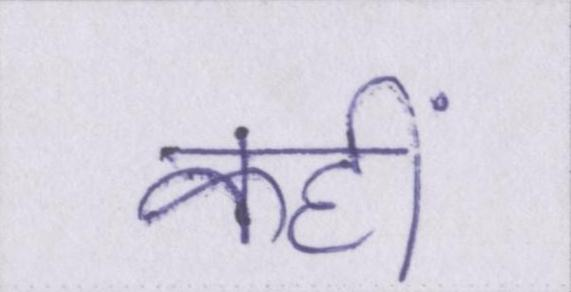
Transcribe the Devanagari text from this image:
कहीं